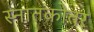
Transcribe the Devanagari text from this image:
स्‍नातकोतर